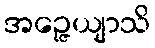
အဉ္ဇေယျာသိ